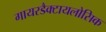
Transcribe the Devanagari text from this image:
गायरडैक्टायलोसिक